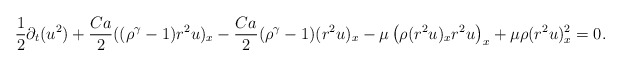
\begin{align*}\frac{1}{2}\partial_t(u^2)+\frac{Ca}{2}((\rho^\gamma-1) r^2u)_x-\frac{Ca}{2}(\rho^\gamma-1)(r^2u)_x-\mu\left(\rho(r^2u)_xr^2u\right)_x+\mu\rho(r^2u)_x^2=0.\end{align*}